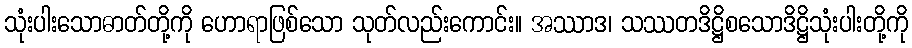
သုံးပါးသောဓာတ်တို့ကို ဟောရာဖြစ်သော သုတ်လည်းကောင်း။ အဿာဒ၊ သဿတဒိဋ္ဌိစသောဒိဋ္ဌိသုံးပါးတို့ကို